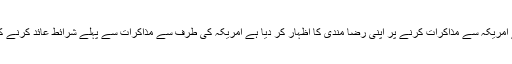
شمالی کوریا نے جس نے امریکہ سے مذاکرات کرنے پر اپنی رضا مندی کا اظہار کر دیا ہے امریکہ کی طرف سے مذاکرات سے پہلے شرائط عائد کرنے کو نا قابل فہم قرار دیا ہے۔